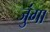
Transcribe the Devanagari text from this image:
जुंगा